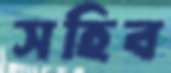
সহিব